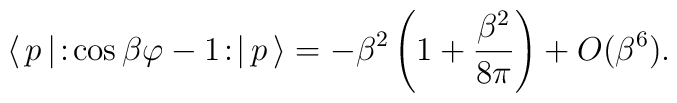
\langle \,p\,|\!:\!\cos \beta \varphi -1\!:\!|\,p\,\rangle =-\beta^{2}\left( 1+\frac{\beta ^{2}}{8\pi }\right) +O(\beta ^{6}).